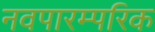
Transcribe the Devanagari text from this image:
नवपारम्परिक